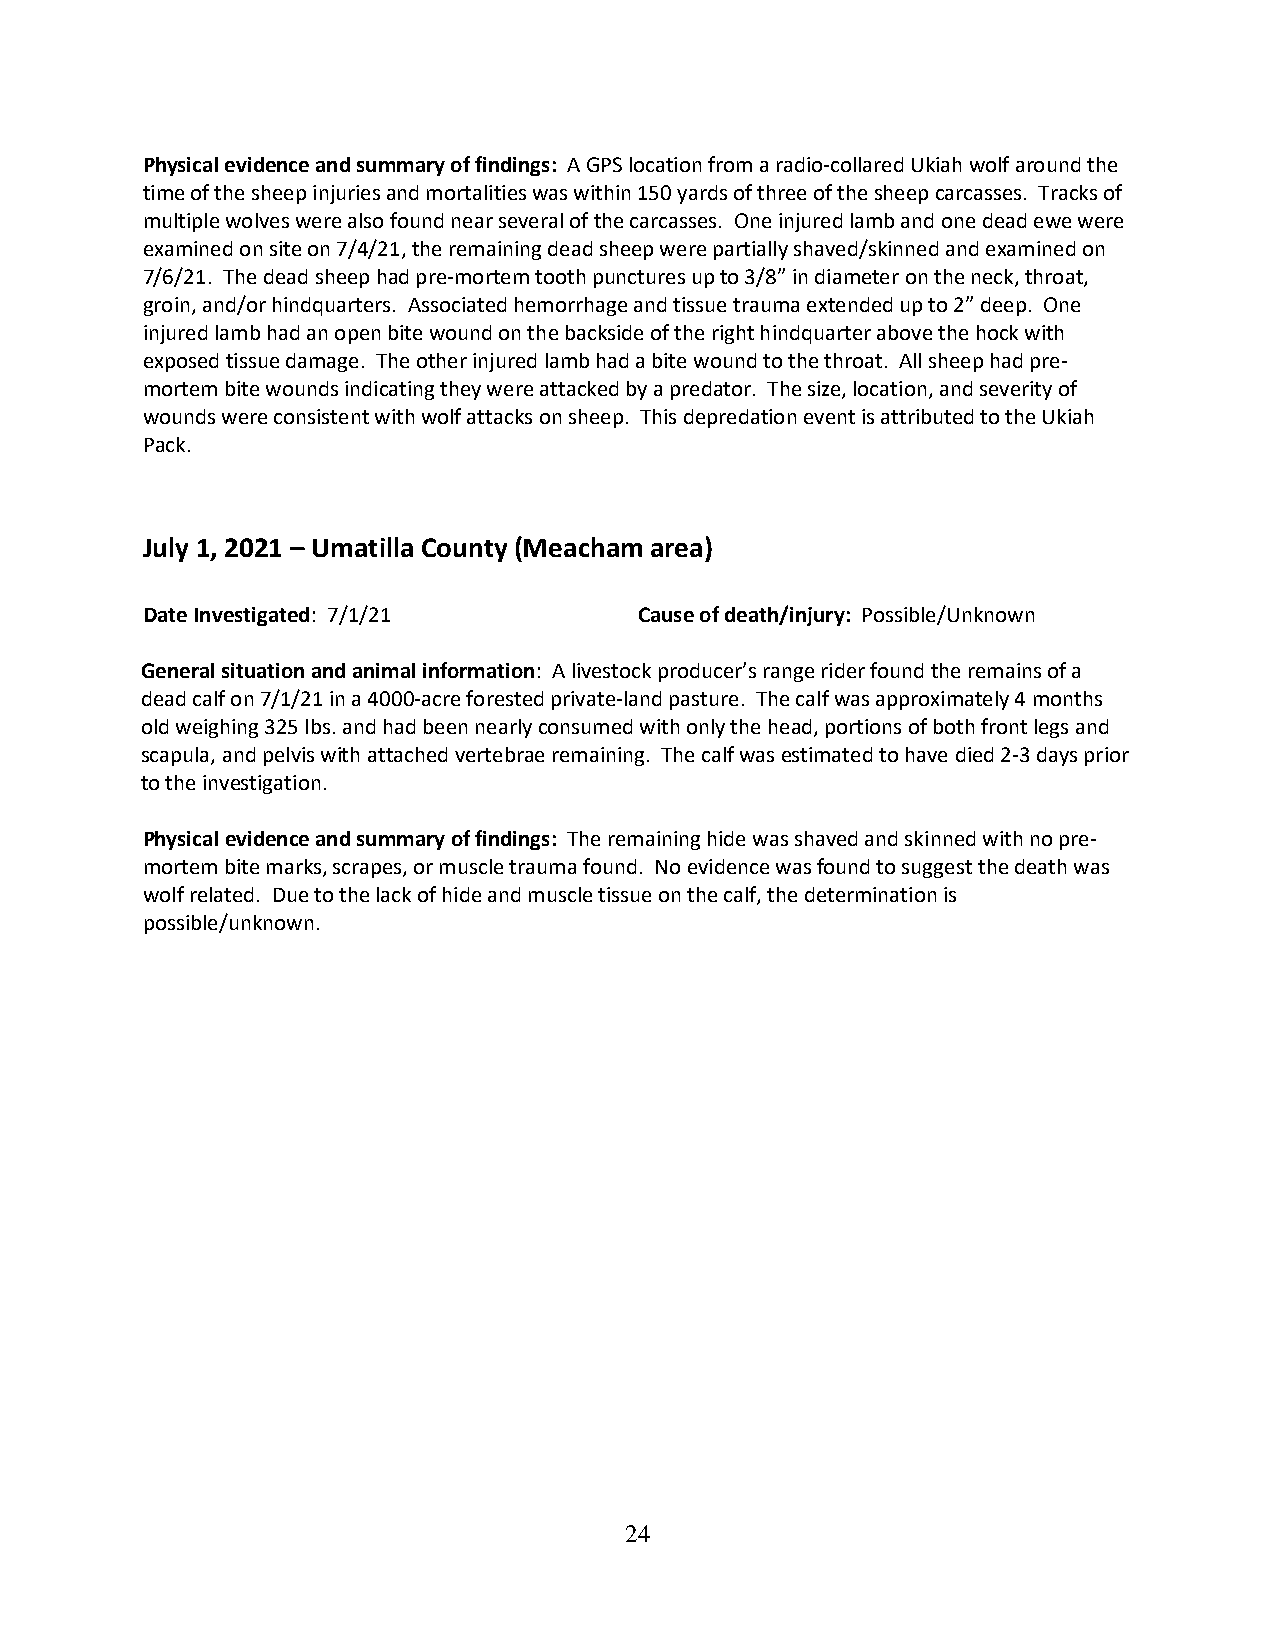
Physical evidence and summary of findings: A GPS location from a radio-collared Ukiah wolf around the
 time of the sheep injuries and mortalities was within 150 yards of three of the sheep carcasses. Tracks of
 multiple wolves were also found near several of the carcasses. One injured lamb and one dead ewe were
 examined on site on 7/4/21, the remaining dead sheep were partially shaved/skinned and examined on
 7/6/21. The dead sheep had pre-mortem tooth punctures up to 3/8” in diameter on the neck, throat,
 groin, and/or hindquarters. Associated hemorrhage and tissue trauma extended up to 2” deep. One
 injured lamb had an open bite wound on the backside of the right hindquarter above the hock with
 exposed tissue damage. The other injured lamb had a bite wound to the throat. All sheep had pre-
 mortem bite wounds indicating they were attacked by a predator. The size, location, and severity of
 wounds were consistent with wolf attacks on sheep. This depredation event is attributed to the Ukiah
 Pack.
 July 1, 2021 – Umatilla County (Meacham area)
 Date Investigated: 7/1/21        Cause of death/injury: Possible/Unknown
 General situation and animal information: A livestock producer’s range rider found the remains of a
 dead calf on 7/1/21 in a 4000-acre forested private-land pasture. The calf was approximately 4 months
 old weighing 325 lbs. and had been nearly consumed with only the head, portions of both front legs and
 scapula, and pelvis with attached vertebrae remaining. The calf was estimated to have died 2-3 days prior
 to the investigation.
 Physical evidence and summary of findings: The remaining hide was shaved and skinned with no pre-
 mortem bite marks, scrapes, or muscle trauma found. No evidence was found to suggest the death was
 wolf related. Due to the lack of hide and muscle tissue on the calf, the determination is
 possible/unknown.
 24